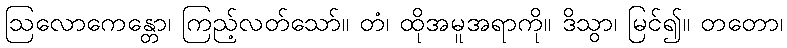
ဩလောကေန္တော၊ ကြည့်လတ်သော်။ တံ၊ ထိုအမူအရာကို။ ဒိသွာ၊ မြင်၍။ တတော၊